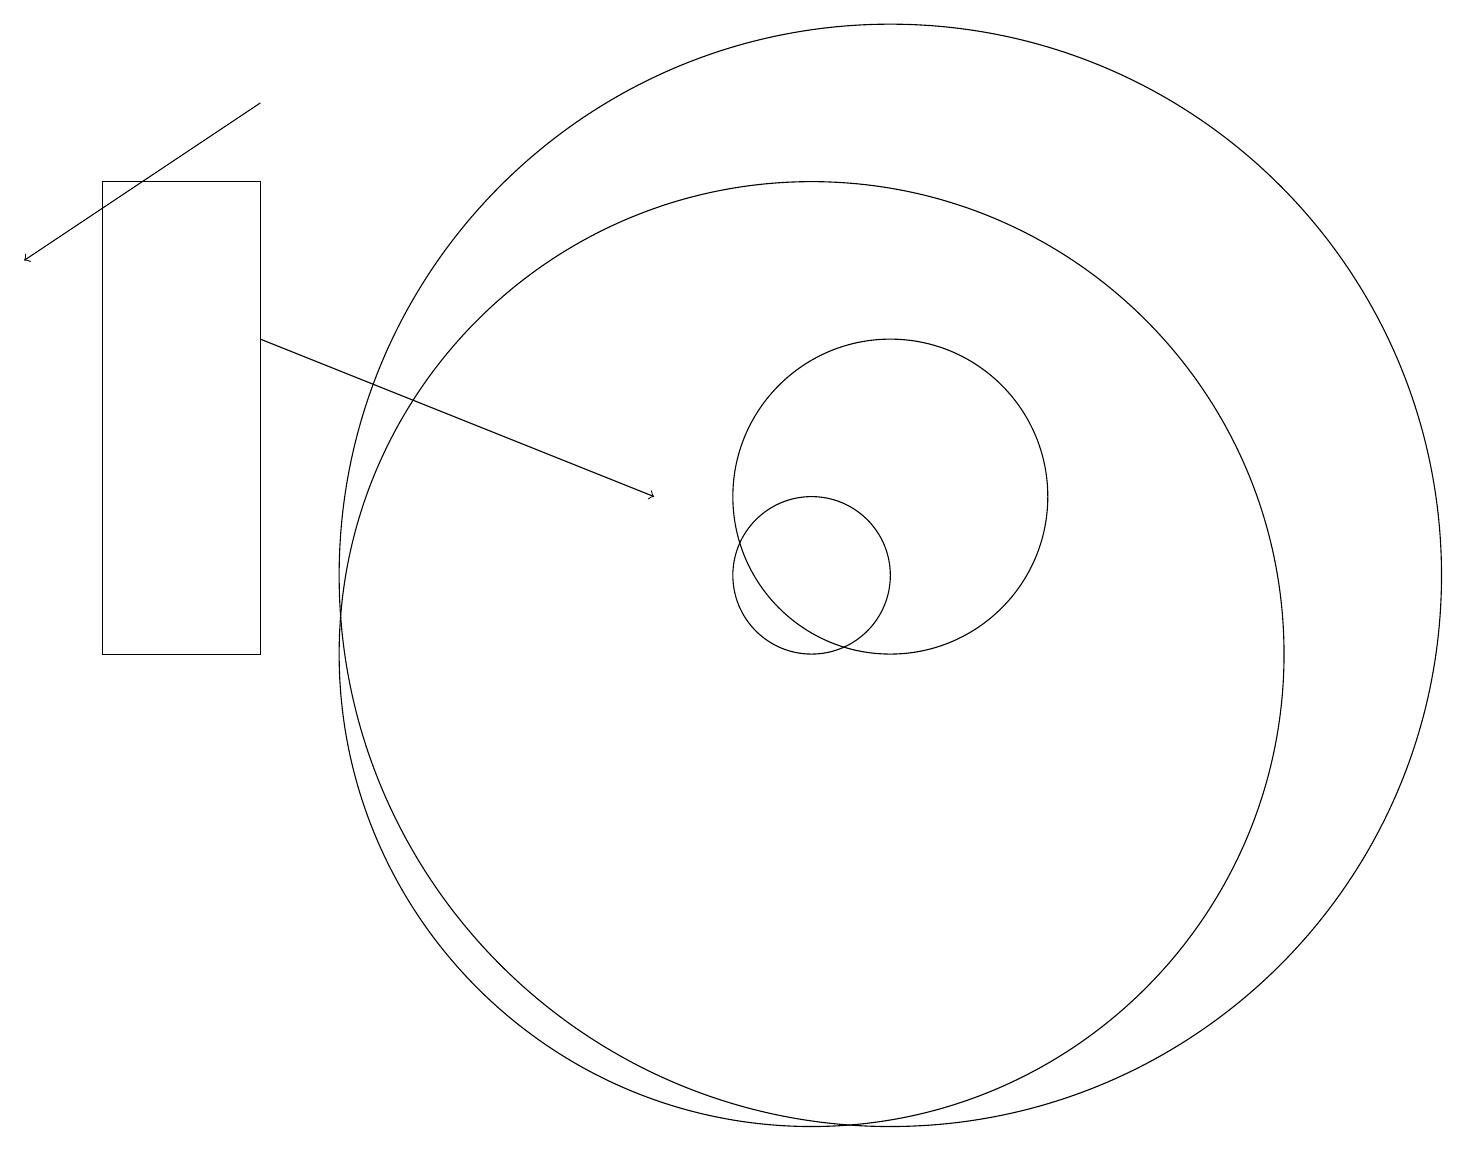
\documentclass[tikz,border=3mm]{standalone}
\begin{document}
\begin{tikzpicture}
\draw (12,11) circle (7);
\draw (11,11) circle (1);
\draw (11,10) circle (6);
\draw[->] (4,17) -- (1,15);
\draw (12,12) circle (2);
\draw (2,10) rectangle (4,16);
\draw[->] (4,14) -- (9,12);
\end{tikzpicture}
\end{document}